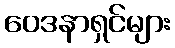
ဝေဒနာရှင်များ